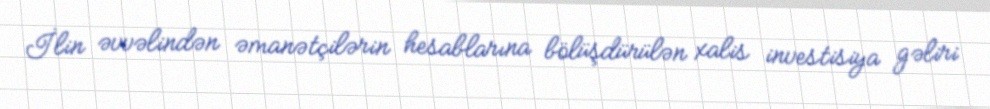
İlin əvvəlindən əmanətçilərin hesablarına bölüşdürülən xalis investisiya gəliri